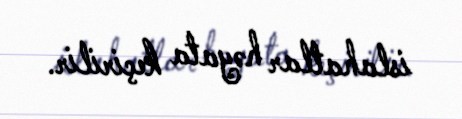
islahatlar həyata keçirilir.